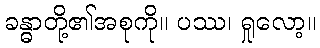
ခန္ဓာတို့၏အစုကို။ ပဿ၊ ရှုလော့။